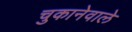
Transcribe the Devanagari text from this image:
चुकानेवाले